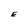
Character: E